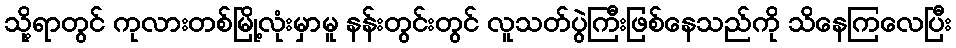
သို့ရာတွင် ကုလားတစ်မြို့လုံးမှာမူ နန်းတွင်းတွင် လူသတ်ပွဲကြီးဖြစ်နေသည်ကို သိနေကြလေပြီး